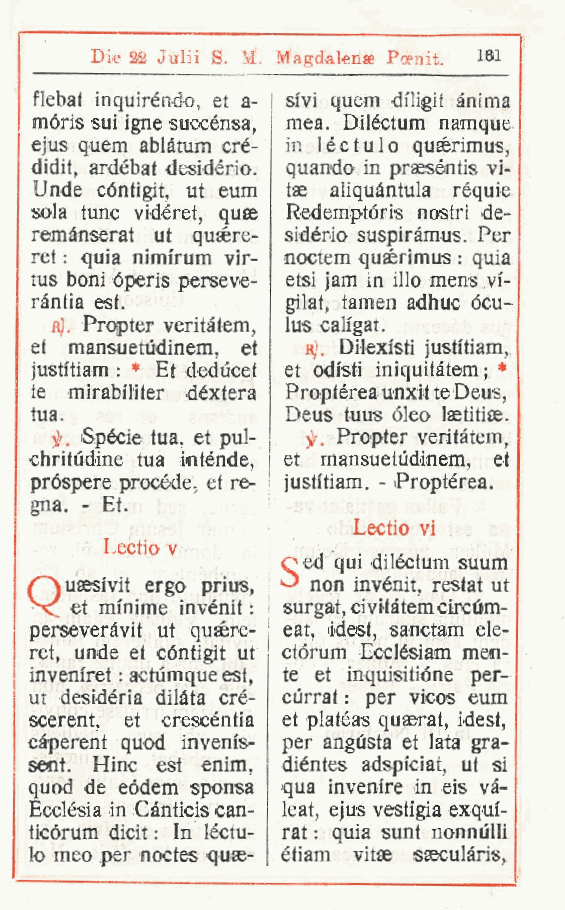
Die 22 Julii S. & Magdalena Poenit 161
 .
 flebat inquiréndo et a- sfvi quem diligit ànima
 .
 móris sui igne succénsa mea. Diléctum namque
 ,
 ejus quem ablàtum cré- in léctulo qusèrimus,
 didit, ardébat desidèrio. quando in praeséntis vi-
 Unde cóntigit ut eum tse aiiquàntula rèquie
 ,
 sola tunc vidéret quae Redemptóris nostri de-
 ,
 remànserat ut qusere- sidèrio susipiràmus. Per
 ret : quia nimi'rum vir- noclem qusèrimus : quia
 lus boni óperis perseve- etsi jam in ilio mens vi-
 ràntia est.      gilat, lamen adhuc ócu-
 «J. Propter veritàtem, lus caligai.
 et mansuetudinem, et r). Dilexisti justitiam,
 justitiam : * Et deducet et odisti iniquitàtem;
 te mirabi'liter déxtera Proptérea unxit te Deus,
 tua.             Deus tuus óleo Isetitise.
 fa Spècie tua, et pul- Propter veritàtem
 i              ,
 chritùdine tua intènde, i et mansuetudinem, et
 pròspere procède., et re- justitiam. - Proptérea.
 gna. - Et.
 Lectio vi
 Lectio v
 oed qui diléctum suum
 non invénit
 C usesivit ergo prius,     restai ut
 ,
 >cC et minime invénit : I surgat, civitàtem circum-
 perseveràvit ut qusére- \ eat, idest, sanctam ele-
 ret, unde et cóntigit ut ctórum Ecclésiam men-
 inveniret : actùmque est, te et inquisitióne per-
 ut desidèria dilàta cré- cùrrat : per vicos eum
 scerent, et crescèntia et platèas quaerat, idest,
 càperent quod invenis- per angusta et lata gra-
 sent. Hinc est enim, dièntes adspfciat, ut si
 quod de eódem sponsa qua invenire in eis và-
 Ecclèsia in Cànticis can- leat, ejus vestigia exqui-
 ticórum dicit : In léctu- rat : quia sunt nonnùlli
 lo meo per noctes quae- ètiam vitae saeculàris,